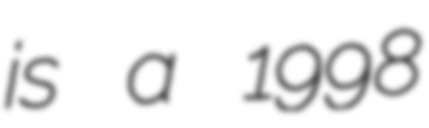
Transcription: is a 1998